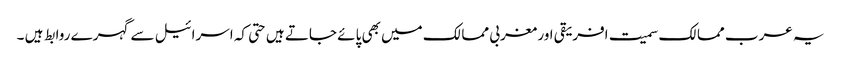
یہ عرب ممالک سمیت افریقی اور مغربی ممالک میں بھی پائے جاتے ہیں حتی کہ اسرائیل سے گہرے روابط ہیں ۔